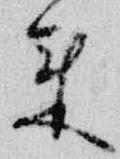
来